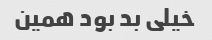
خیلی بد بود همین